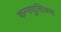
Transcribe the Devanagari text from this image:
कन्फ़्युसिअस